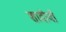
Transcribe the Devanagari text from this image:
शादीयों